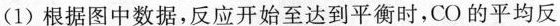
(1)根据图中数据，反应开始至达到平衡时，CO的平均反